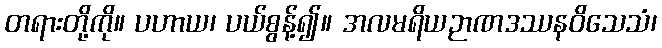
တရားတို့ကို။ ပဟာယ၊ ပယ်စွန့်၍။ အလမရိယဉာဏဒဿနဝိသေသံ၊